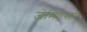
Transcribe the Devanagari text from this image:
जेमिएसन